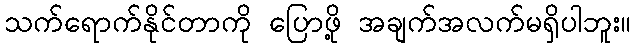
သက်ရောက်နိုင်တာကို ပြောဖို့ အချက်အလက်မရှိပါဘူး။